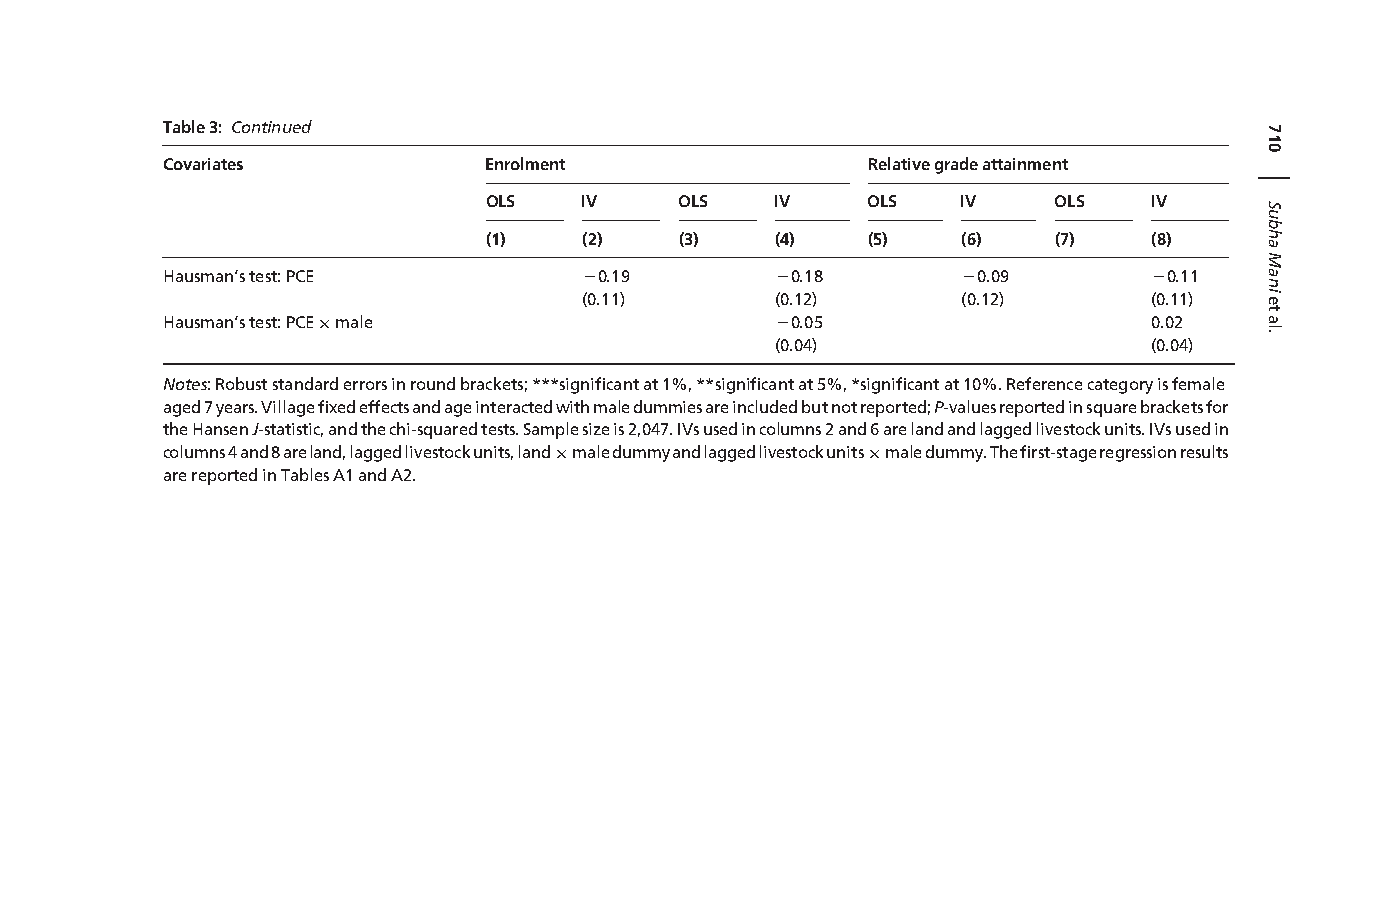
Table3: Continued
 Covariates           Enrolment                Relativegradeattainment
 OLS    IV    OLS   IV    OLS    IV    OLS   IV
 (1)    (2)   (3)   (4)   (5)    (6)   (7)   (8)
 Hausman’stest:PCE           20.19       20.18        20.09       20.11
 (0.11)      (0.12)       (0.12)      (0.11)
 Hausman’stest:PCE×male                  20.05                    0.02
 (0.04)                   (0.04)
 Notes:Robuststandarderrorsinroundbrackets;***significantat1%,**significantat5%,*significantat10%.Referencecategoryisfemale
 aged7years.Villagefixedeffectsandageinteractedwithmaledummiesareincludedbutnotreported;P-valuesreportedinsquarebracketsfor
 theHansenJ-statistic,andthechi-squaredtests.Samplesizeis2,047.IVsusedincolumns2and6arelandandlaggedlivestockunits.IVsusedin
 columns4and8areland,laggedlivestockunits,land×maledummyandlaggedlivestockunits×maledummy.Thefirst-stageregressionresults
 arereportedinTablesA1andA2.
 710
 |
 SubhaManietal.